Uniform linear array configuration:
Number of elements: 8
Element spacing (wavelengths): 0.5
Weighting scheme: hamming
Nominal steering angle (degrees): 0
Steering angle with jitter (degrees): -0.1488
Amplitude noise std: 0.05
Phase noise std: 0.05

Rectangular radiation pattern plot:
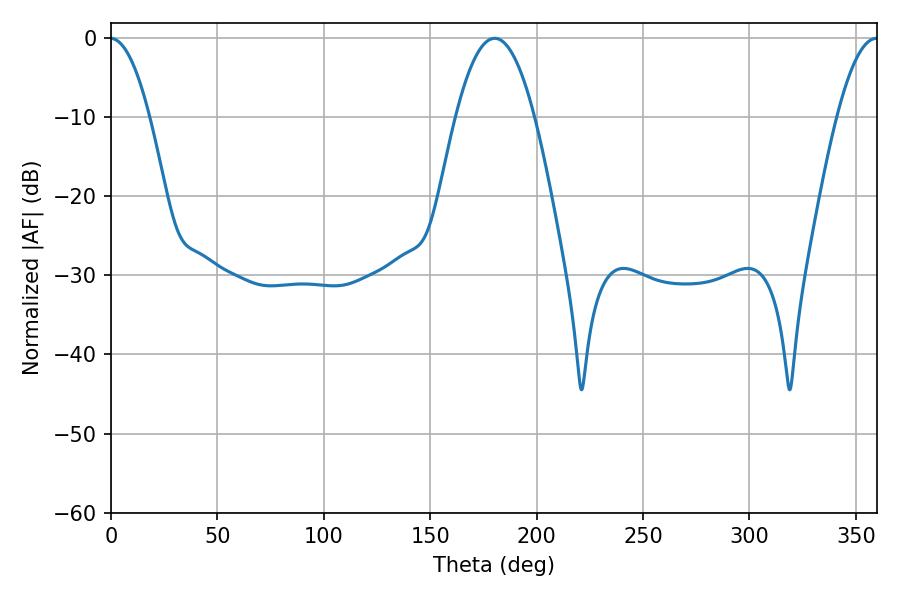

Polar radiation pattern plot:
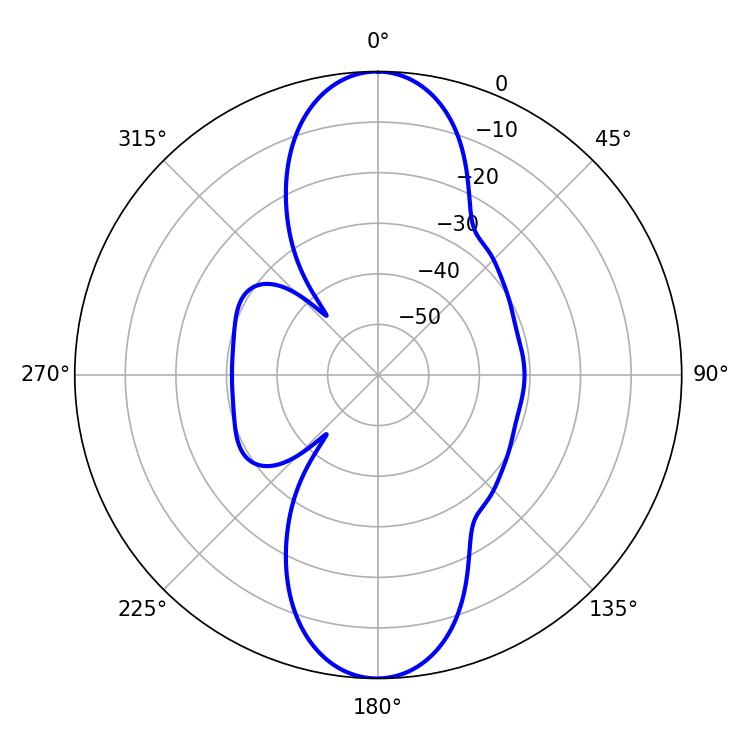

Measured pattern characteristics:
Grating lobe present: FALSE
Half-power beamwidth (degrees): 20.34
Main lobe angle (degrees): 180.36